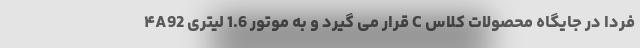
فردا در جایگاه محصولات کلاس C قرار می گیرد و به موتور 1.6 لیتری ۴A92